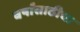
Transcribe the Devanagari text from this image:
वर्षांसाठीचा